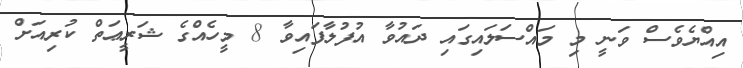
އިއްޔެވެސް ވަނީ މި މައްސަލައިގައި ދައުވާ އުފުލާފައިވާ 8 މީހެއްގެ ޝަރީޢަތް ކުރިއަށް